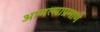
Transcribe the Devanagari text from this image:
आणल्याप्रमाणे